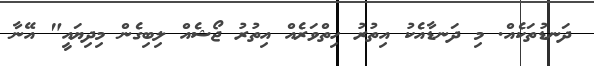
ދަނޑުތަކެއް. މި ދަނޑާއެކު އިތުރު ހިތްވަރެއް އިތުރު ޖޯޝެއް ލިބިގެން މިދިޔައީ" އޭނާ